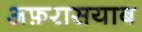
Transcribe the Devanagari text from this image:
अफ़रासयाब